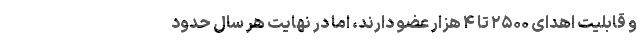
و قابلیت اهدای ۲۵۰۰ تا ۴ هزار عضو دارند، اما در نهایت هر سال حدود